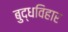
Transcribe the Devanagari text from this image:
बुद्धविहार